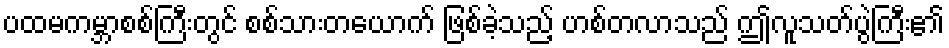
ပထမကမ္ဘာစစ်ကြီးတွင် စစ်သားတယောက် ဖြစ်ခဲ့သည့် ဟစ်တလာသည် ဤလူသတ်ပွဲကြီး၏